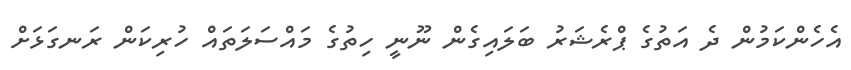
އެހެންކަމުން ދެ އަތުގެ ޕްރެޝަރު ބަލައިގެން ނޫނީ ހިތުގެ މައްސަލަތައް ހުރިކަން ރަނގަޅަށް